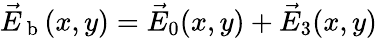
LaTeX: \vec{E}_{\mathrm{~b~}}(x,y)=\vec{E}_{0}(x,y)+\vec{E}_{3}(x,y)